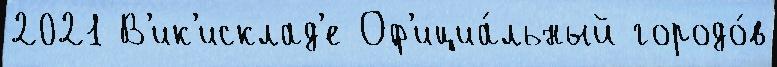
2021 В'ик'исклад'е Оф'ициа́льный городо́в